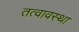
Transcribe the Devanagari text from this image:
तत्वावस्था